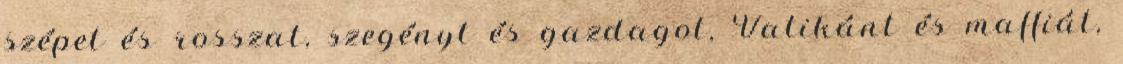
szépet és rosszat, szegényt és gazdagot, Vatikánt és maffiát,